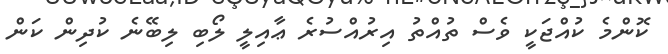
ކޮންމެ ކުއްޖަކީ ވެސް ތުއްތު އިރުއްސުރެ ޢާއިލީ ލޯބި ލިބޭނެ ކުދިން ކަން